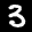
Label: 3